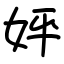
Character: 㛁